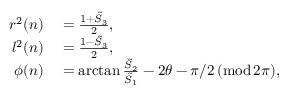
\begin{array} { r l } { r ^ { 2 } ( n ) } & { { } = \frac { 1 + \tilde { S } _ { 3 } } { 2 } , } \\ { l ^ { 2 } ( n ) } & { { } = \frac { 1 - \tilde { S } _ { 3 } } { 2 } , } \\ { \phi ( n ) } & { { } = \arctan \frac { \tilde { S } _ { 2 } } { \tilde { S } _ { 1 } } - 2 \theta - \pi / 2 \, ( \mathrm { m o d } \, 2 \pi ) , } \end{array}